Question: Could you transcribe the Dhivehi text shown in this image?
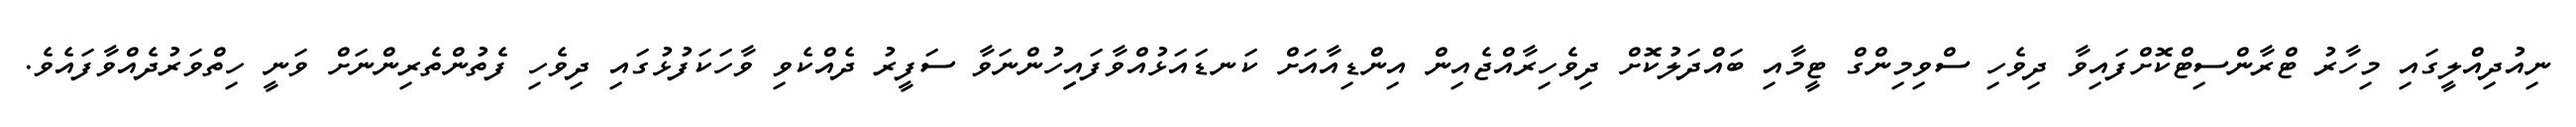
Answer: ނިއުދިއްލީގައި މިހާރު ޓްރާންސިޓްކޮށްފައިވާ ދިވެހި ސްވިމިންގް ޓީމާއި ބައްދަލުކޮށް ދިވެހިރާއްޖެއިން އިންޑިއާއަށް ކަނޑައަޅުއްވާފައިިހުންނަވާ ސަފީރު ދެއްކެވި ވާހަކަފުޅުގައި ދިވެހި ފެތުންތެރިންނަށް ވަނީ ހިތްވަރުދެއްވާފައެވެ.